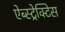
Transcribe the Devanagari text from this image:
ऐब्स्ट्रेक्टिस